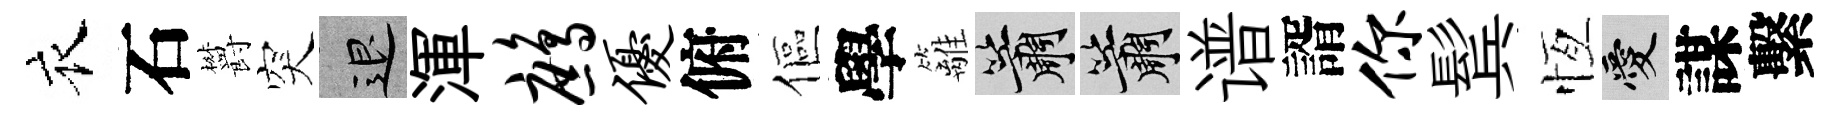
衣石欝突退渾鹧优俯傴學籬簫簫谱諝你鬂恆愛謀繫